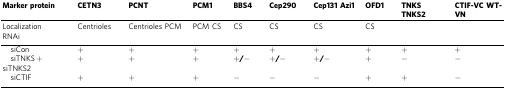
<table><thead><tr><td><b>Marker protein</b></td><td><b>CETN3</b></td><td><b>PCNT</b></td><td><b>PCM1</b></td><td><b>BBS4</b></td><td><b>Cep290</b></td><td><b>Cep131 Azi1</b></td><td><b>OFD1</b></td><td><b>TNKS TNKS2</b></td><td><b>CTIF-VC WT-VN</b></td></tr></thead><tbody><tr><td>Localization</td><td>Centrioles</td><td>Centrioles PCM</td><td>PCM CS</td><td>CS</td><td>CS</td><td>CS</td><td>CS</td><td></td><td></td></tr><tr><td colspan="10">RNAi</td></tr><tr><td> siCon</td><td><b>+</b></td><td><b>+</b></td><td><b>+</b></td><td><b>+</b></td><td><b>+</b></td><td><b>+</b></td><td><b>+</b></td><td><b>+</b></td><td><b>+</b></td></tr><tr><td> siTNKS + siTNKS2</td><td><b>+</b></td><td><b>+</b></td><td><b>+</b></td><td><b>+/−</b></td><td><b>+/−</b></td><td><b>+/−</b></td><td><b>+</b></td><td><b>−</b></td><td><b>−</b></td></tr><tr><td> siCTIF</td><td><b>+</b></td><td><b>+</b></td><td><b>+</b></td><td><b>−</b></td><td><b>−</b></td><td><b>−</b></td><td><b>+</b></td><td><b>+</b></td><td><b>−</b></td></tr></tbody></table>